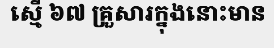
ស្មើ ៦៧ គ្រួសារក្នុងនោះមាន